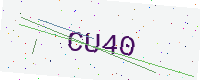
Text: CU40